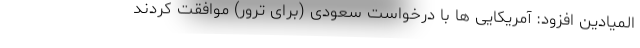
المیادین افزود: آمریکایی ها با درخواست سعودی (برای ترور) موافقت کردند